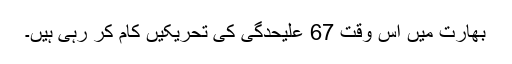
بھارت میں اس وقت 67 علیحدگی کی تحریکیں کام کر رہی ہیں۔